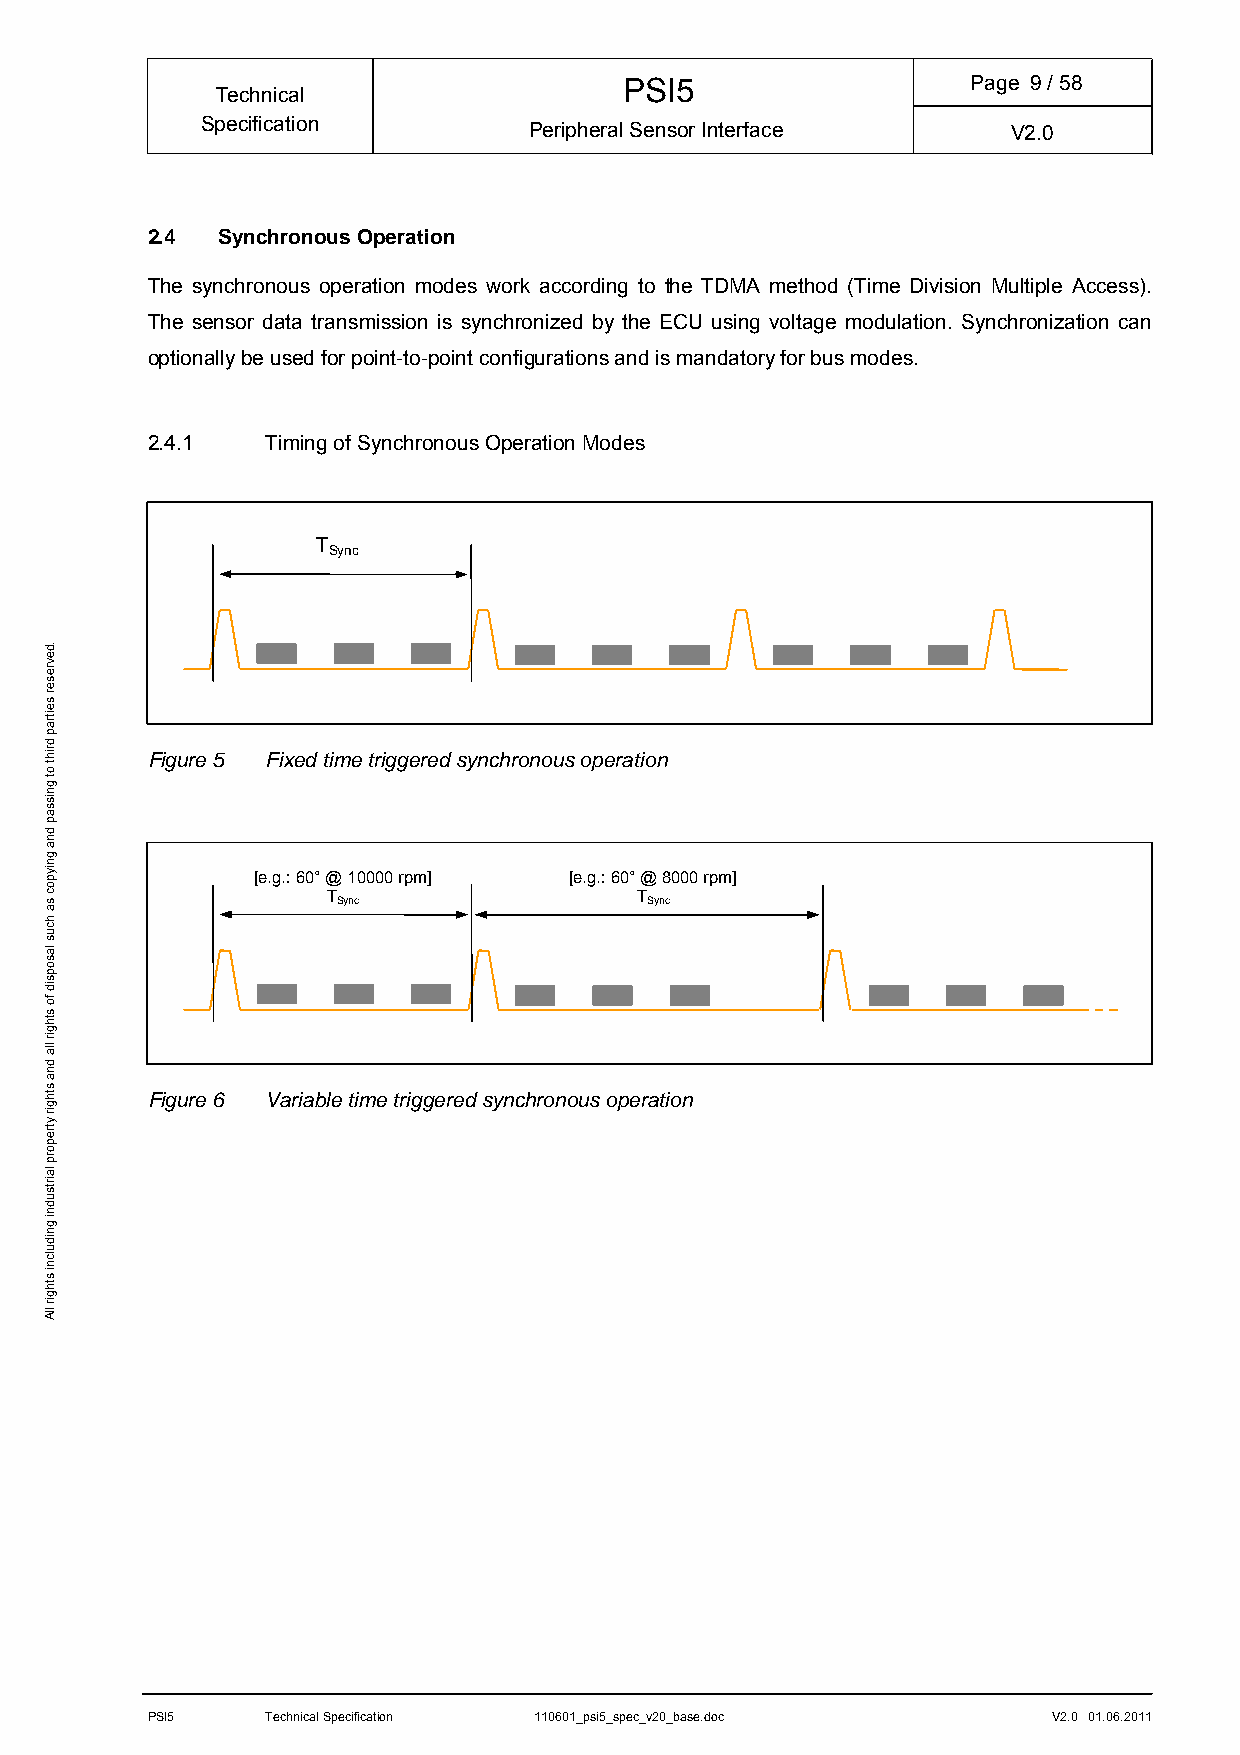
PSI5                   Page 9/ 58
 Technical
 Specification         Peripheral Sensor Interface     V2.0
 2.4 Synchronous Operation
 The synchronous operation modes work according to the TDMA method (Time Division Multiple Access).
 The sensor data transmission is synchronized by the ECU using voltage modulation. Synchronization can
 optionally be used for point-to-point configurations and is mandatory for bus modes.
 2.4.1   Timing of Synchronous Operation Modes
 T
 Sync
 Figure 5 Fixed time triggered synchronous operation
 [e.g.: 60° @ 10000 rpm] [e.g.: 60° @ 8000 rpm]
 T                   T
 Sync                 Sync
 Figure 6 Variable time triggered synchronous operation
 PSI5    Technical Specification 110601_psi5_spec_v20_base.doc V2.0 01.06.2011
 .devreser
 seitrap
 driht
 ot
 gnissap
 dna
 gniypoc
 sa
 hcus
 lasopsid
 fo
 sthgir
 lla
 dna
 sthgir
 ytreporp
 lairtsudni
 gnidulcni
 sthgir
 llA